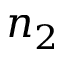
n _ { 2 }